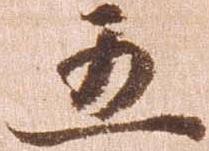
五